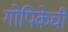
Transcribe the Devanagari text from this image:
गोपिकेची